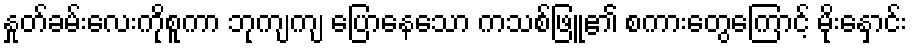
နှုတ်ခမ်းလေးကိုစူကာ ဘုကျကျ ပြောနေသော ကသစ်ဖြူ၏ စကားတွေကြောင့် မိုးနှောင်း